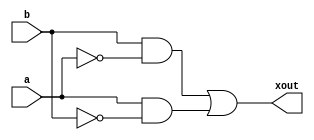
module shitty_xor(
a ,
b ,
xout
);
    input a ;
    input b ;
    output xout;

    wire a ;
    wire b ;
    wire xout ;
    wire nout1;
    wire nout2;
    wire aout1;
    wire aout2;

    not(nout1, a);
    not(nout2, b);

    and(aout1, b, nout1);
    and(aout2, a, nout2);
    or(xout, aout1, aout2);

endmodule